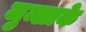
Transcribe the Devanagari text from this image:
जुम्लाके